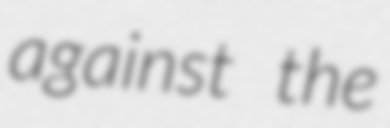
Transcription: against the